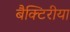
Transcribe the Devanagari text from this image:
बैक्टिरीया